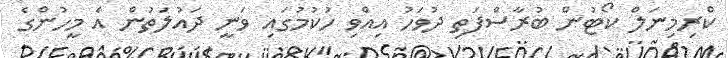
ކްރިމިނަލް ކޯޓުން ބުރާސްފަތި ދުވަހު އިއްވި ހުކުމުގައި ވަނީ ދައުލަތުން އެ މީހުންގެ